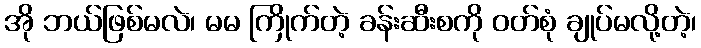
အို ဘယ်ဖြစ်မလဲ၊ မမ ကြိုက်တဲ့ ခန်းဆီးစကို ဝတ်စုံ ချုပ်မလို့တဲ့၊